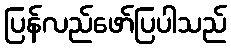
ပြန်လည်ဖော်ပြပါသည်